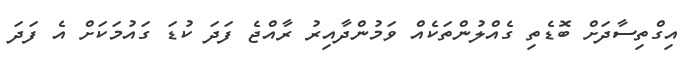
އިގްތިސާދަށް ބޮޑެތި ގެއްލުންތަކެއް ވަމުންދާއިރު ރާއްޖެ ފަދަ ކުޑަ ގައުމަކަށް އެ ފަދަ